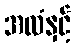
အလံနှင့်